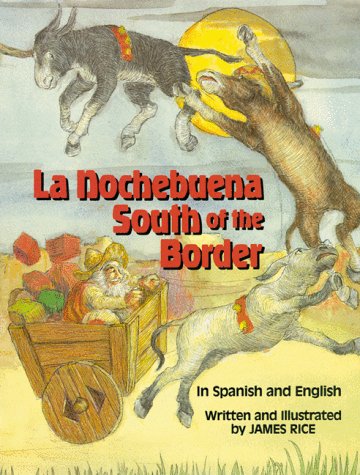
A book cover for La Nochebuena South of the Border; Humor & Entertainment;